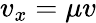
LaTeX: v_{x}=\mu v